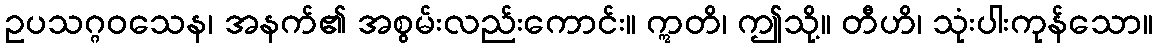
ဥပသဂ္ဂဝသေန၊ အနက်၏ အစွမ်းလည်းကောင်း။ ဣတိ၊ ဤသို့။ တီဟိ၊ သုံးပါးကုန်သော။